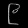
Digit: ၉